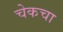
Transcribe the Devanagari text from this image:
चेकचा